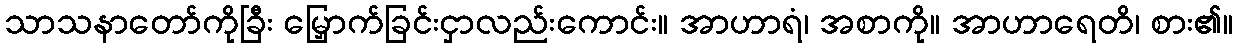
သာသနာတော်ကိုခြီး မြှောက်ခြင်းငှာလည်းကောင်း။ အာဟာရံ၊ အစာကို။ အာဟာရေတိ၊ စား၏။